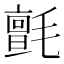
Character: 氈